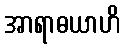
အာရာဓယာဟိ